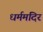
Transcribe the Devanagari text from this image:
धर्ममंदिर